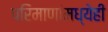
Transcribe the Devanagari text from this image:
परिमाणांमध्येही